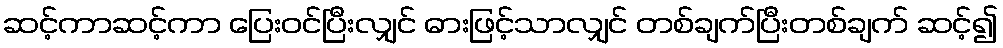
ဆင့်ကာဆင့်ကာ ပြေးဝင်ပြီးလျှင် ဓားဖြင့်သာလျှင် တစ်ချက်ပြီးတစ်ချက် ဆင့်၍